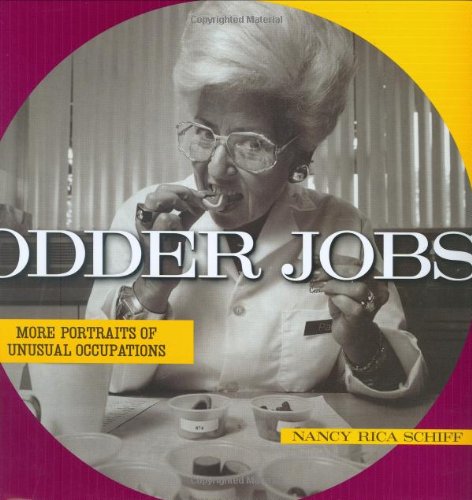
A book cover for Odder Jobs; Nancy Rica Schiff; Arts & Photography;